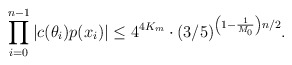
\begin{align*}\prod \limits_{i=0}^{n-1} |c(\theta_i)p(x_i)| \leq 4^{4K_m} \cdot (3/5)^{\left(1 - \frac1{M_0} \right)n/2}.\end{align*}